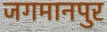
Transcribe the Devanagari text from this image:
जगमानपुर